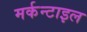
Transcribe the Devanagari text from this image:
मर्कन्टाइल